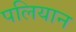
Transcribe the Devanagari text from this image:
पलियान